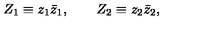
Z _ { 1 } \equiv z _ { 1 } \bar { z } _ { 1 } , \qquad Z _ { 2 } \equiv z _ { 2 } \bar { z } _ { 2 } ,